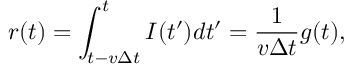
r ( t ) = \int _ { t - v \Delta t } ^ { t } I ( t ^ { \prime } ) d t ^ { \prime } = \frac { 1 } { v \Delta t } g ( t ) ,